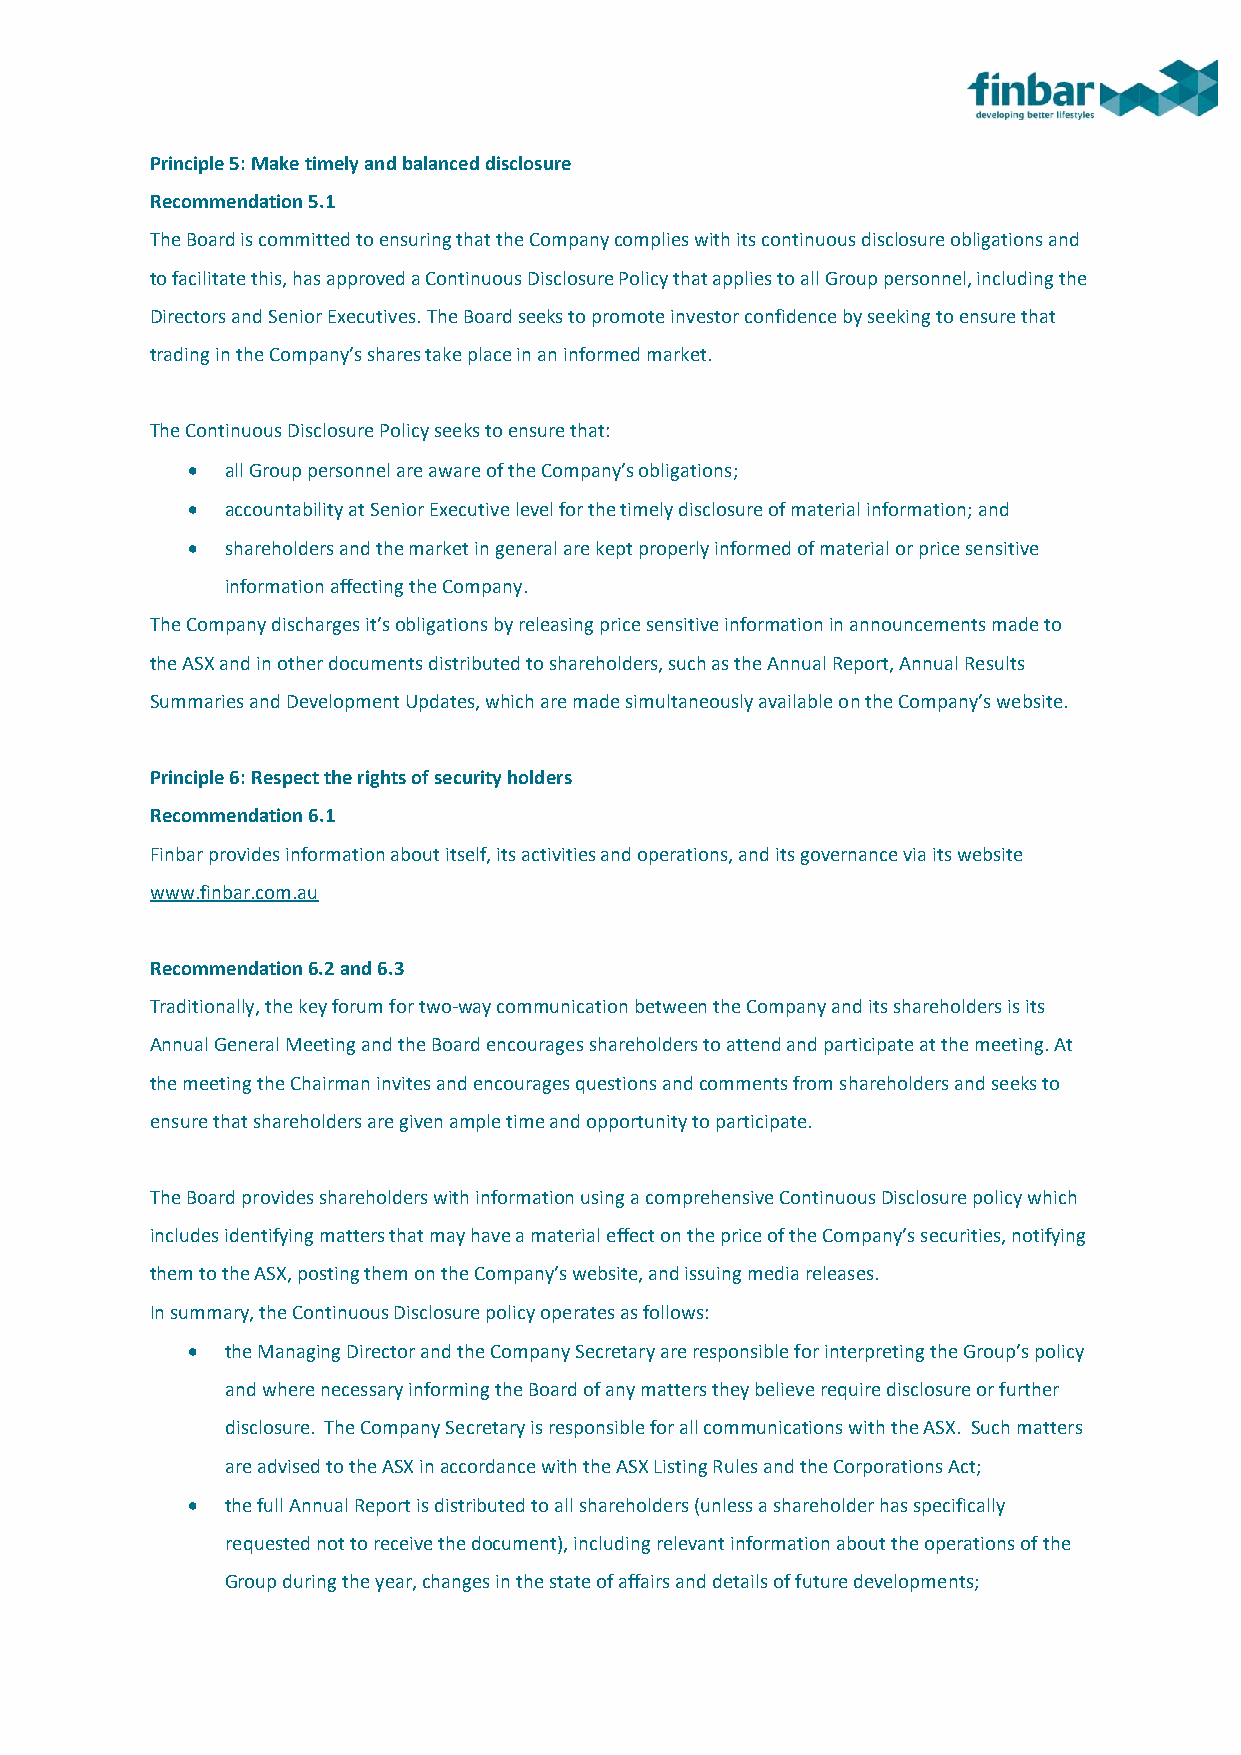
Principle 5: Make timely and balanced disclosure
 Recommendation 5.1
 The Board is committed to ensuring that the Company complies with its continuous disclosure obligations and
 to facilitate this, has approved a Continuous Disclosure Policy that applies to all Group personnel, including the
 Directors and Senior Executives. The Board seeks to promote investor confidence by seeking to ensure that
 trading in the Company’s shares take place in an informed market.
 The Continuous Disclosure Policy seeks to ensure that:
 •  all Group personnel are aware of the Company’s obligations;
 •  accountability at Senior Executive level for the timely disclosure of material information; and
 •  shareholders and the market in general are kept properly informed of material or price sensitive
 information affecting the Company.
 The Company discharges it’s obligations by releasing price sensitive information in announcements made to
 the ASX and in other documents distributed to shareholders, such as the Annual Report, Annual Results
 Summaries and Development Updates, which are made simultaneously available on the Company’s website.
 Principle 6: Respect the rights of security holders
 Recommendation 6.1
 Finbar provides information about itself, its activities and operations, and its governance via its website
 www.finbar.com.au
 Recommendation 6.2 and 6.3
 Traditionally, the key forum for two-way communication between the Company and its shareholders is its
 Annual General Meeting and the Board encourages shareholders to attend and participate at the meeting. At
 the meeting the Chairman invites and encourages questions and comments from shareholders and seeks to
 ensure that shareholders are given ample time and opportunity to participate.
 The Board provides shareholders with information using a comprehensive Continuous Disclosure policy which
 includes identifying matters that may have a material effect on the price of the Company’s securities, notifying
 them to the ASX, posting them on the Company’s website, and issuing media releases.
 In summary, the Continuous Disclosure policy operates as follows:
 •  the Managing Director and the Company Secretary are responsible for interpreting the Group’s policy
 and where necessary informing the Board of any matters they believe require disclosure or further
 disclosure. The Company Secretary is responsible for all communications with the ASX. Such matters
 are advised to the ASX in accordance with the ASX Listing Rules and the Corporations Act;
 •  the full Annual Report is distributed to all shareholders (unless a shareholder has specifically
 requested not to receive the document), including relevant information about the operations of the
 Group during the year, changes in the state of affairs and details of future developments;